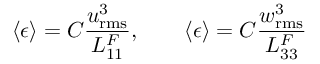
\langle \epsilon \rangle = C \frac { u _ { \mathrm { r m s } } ^ { 3 } } { L _ { 1 1 } ^ { F } } , \quad \quad \langle \epsilon \rangle = C \frac { w _ { \mathrm { r m s } } ^ { 3 } } { L _ { 3 3 } ^ { F } }